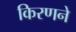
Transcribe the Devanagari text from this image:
किरणने